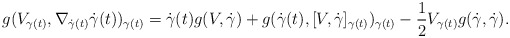
\begin{align*}g(V_{\gamma(t)},\nabla_{\dot{\gamma}(t)}\dot{\gamma}(t))_{\gamma(t)}=\dot{\gamma}(t)g(V,\dot{\gamma})+g(\dot{\gamma}(t),[V,\dot{\gamma}]_{\gamma(t)})_{\gamma(t)}-\frac{1}{2}V_{\gamma(t)}g(\dot{\gamma},\dot{\gamma}).\end{align*}